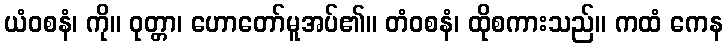
ယံဝစနံ၊ ကို။ ဝုတ္တာ၊ ဟောတော်မူအပ်၏။ တံဝစနံ၊ ထိုစကားသည်။ ကထံ ကေန